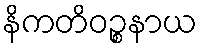
နိကတိဝဉ္စနာယ